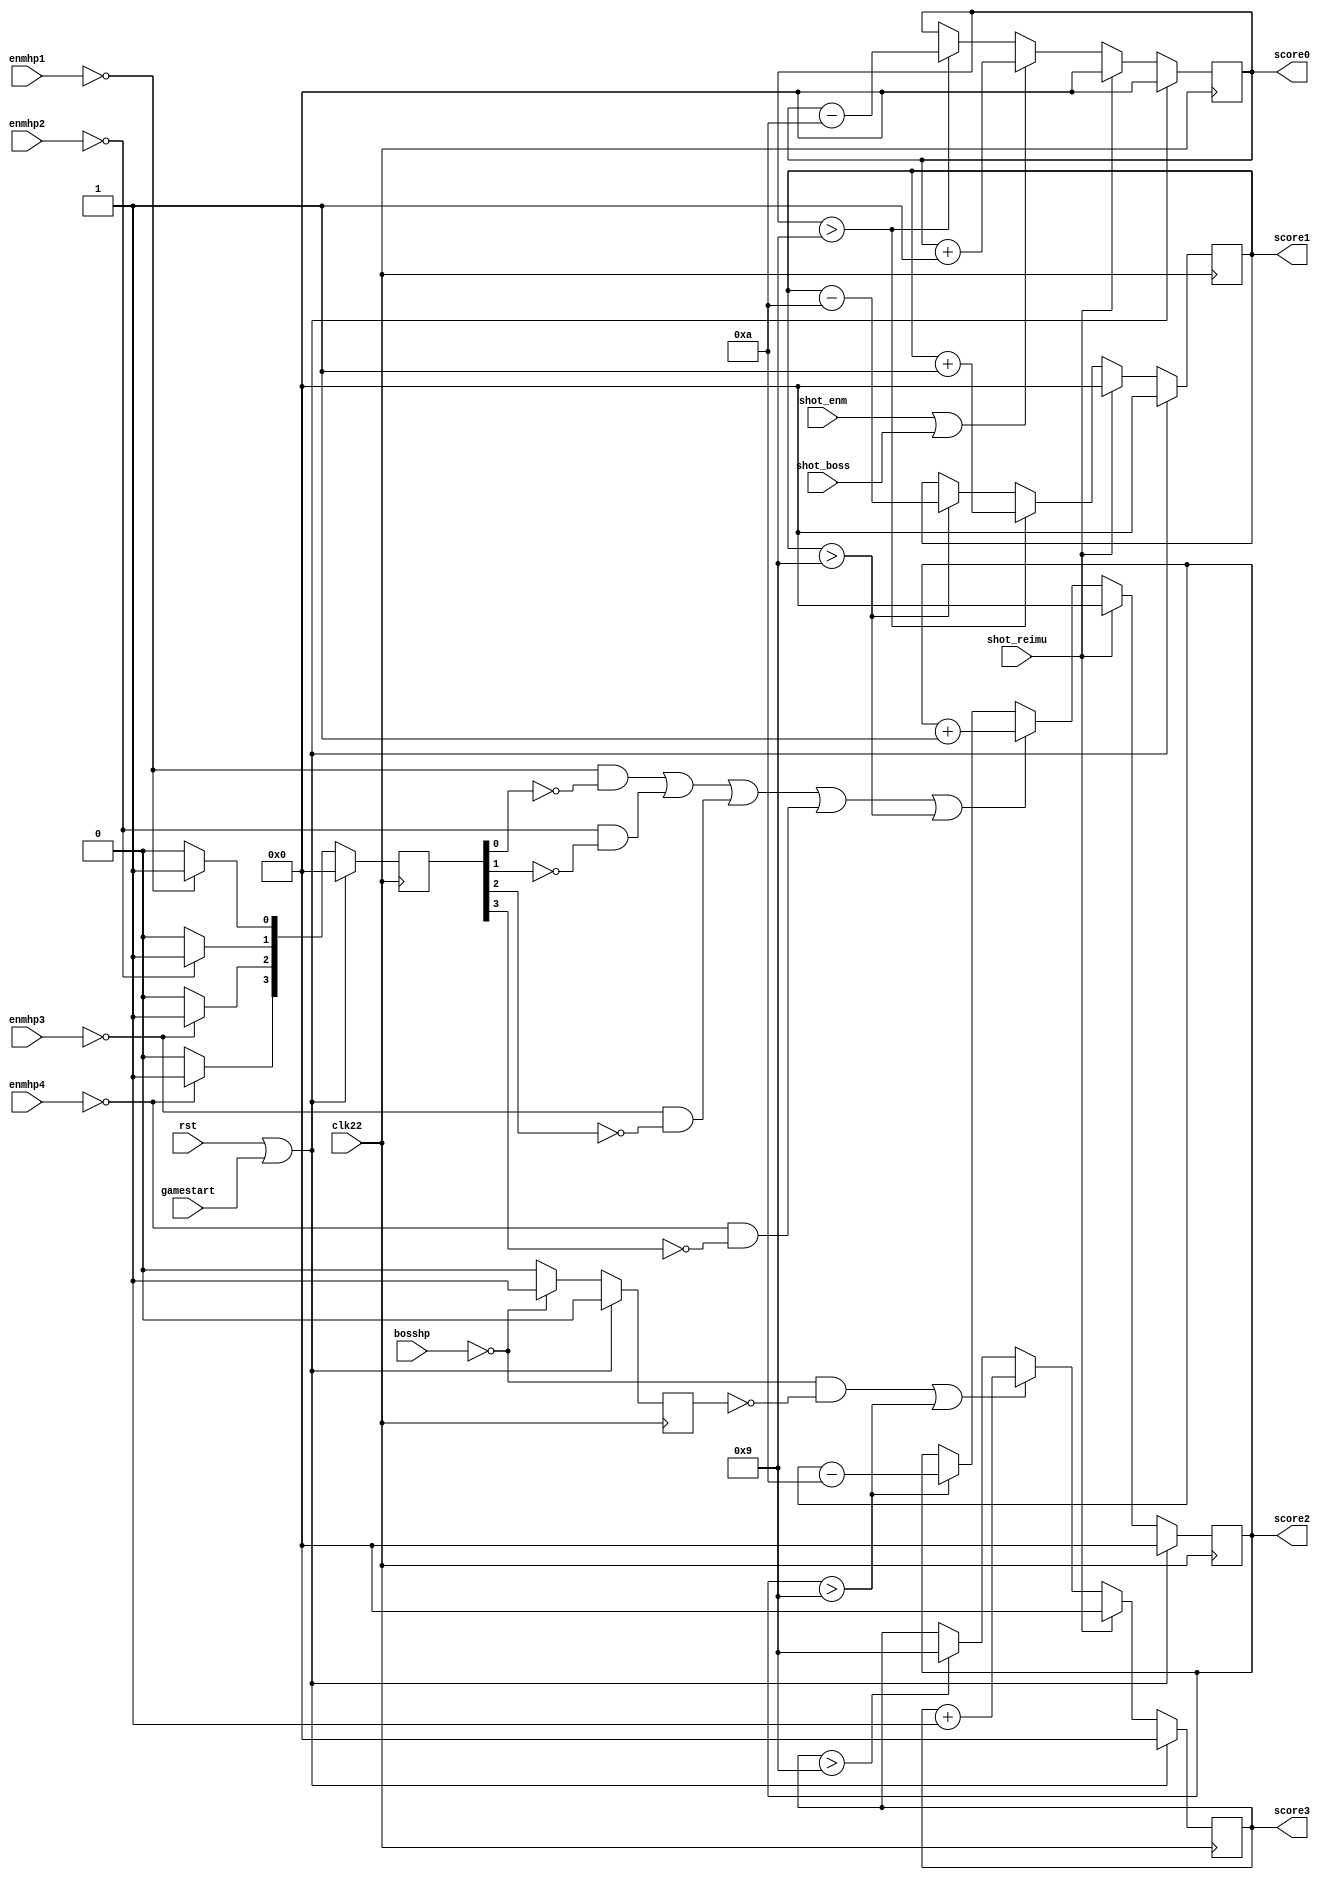
module score(
	input rst,
	input clk22,
	input shot_reimu,
	input shot_enm,
	input shot_boss,
	input gamestart,
	input [6:0]enmhp1,
	input [6:0]enmhp2,
	input [6:0]enmhp3,
	input [6:0]enmhp4,
	input [9:0]bosshp,
	output reg [3:0]score0,//
	output reg [3:0]score1,//
	output reg [3:0]score2,//
	output reg [3:0]score3 //
	);
	
	wire count0, count1, count2, count3;
	
	assign count0 = (score0 > 4'b1001);
	assign count1 = (score1 > 4'b1001);
	assign count2 = (score2 > 4'b1001);
	assign count3 = (score3 > 4'b1001);
	
	reg [3:0] nt_score0;
	reg [3:0] nt_score1;
	reg [3:0] nt_score2;
	reg [3:0] nt_score3;
	reg [3:0] enm;
	reg [3:0] nt_enm;
	reg boss, nt_boss;
	
	always@(posedge clk22)
	begin
		if(rst||gamestart)
		begin
		    enm <= 4'b0000;
			boss <= 1'b0;
			score0 <= 4'b0000;
			score1 <= 4'b0000;
			score2 <= 4'b0000;
			score3 <= 4'b0000;
		end
		else
		begin
		    enm <= nt_enm;
			boss <= nt_boss;
			score0 <= nt_score0;
			score1 <= nt_score1;
			score2 <= nt_score2;
			score3 <= nt_score3;
		end
	end

    always@(*)//
    begin
        if(enmhp1 == 7'd0)
        begin
            nt_enm[0] = 1'b1;
        end
        else
        begin
            nt_enm[0] = 1'b0;
        end
        if(enmhp2 == 7'd0)
        begin
            nt_enm[1] = 1'b1;
        end
        else
        begin
            nt_enm[1] = 1'b0;
        end
        if(enmhp3 == 7'd0)
        begin
            nt_enm[2] = 1'b1;
        end
        else
        begin
            nt_enm[2] = 1'b0;
        end
        if(enmhp4 == 7'd0)
        begin
            nt_enm[3] = 1'b1;
        end
        else
        begin
            nt_enm[3] = 1'b0;
        end
		
		if(bosshp == 10'd0)
		begin
			nt_boss = 1'b1;
		end
		else
		begin
			nt_boss = 1'b0;
		end
    end

	always@(*)//score
	begin
		if(shot_reimu)
		begin
		    nt_score0 = 4'b0000;
		end
		else if(shot_enm || shot_boss)//shot enemy, socre + 1
		begin
			nt_score0 = score0 + 4'b0001;
		end
		else if(count0)//
		begin
			nt_score0 = score0 - 4'b1010;
		end
		else
		begin
		    nt_score0 = score0;
		end
		
		if(shot_reimu)
		begin
		    nt_score1 = 4'b0000;
		end
		else if(count0)
		begin
		    nt_score1 = score1 + 4'b0001;
		end
		else if(count1)
		begin
		    nt_score1 = score1 - 4'b1010;
		end
		else
		begin
		    nt_score1 = score1;
		end
		
		if(shot_reimu)
		begin
		    nt_score2 = 4'b0000;
		end
		else if((enmhp1 == 7'd0 && !enm[0]) || (enmhp2 == 7'd0 && !enm[1]) || (enmhp3 == 7'd0 && !enm[2]) || (enmhp4 == 7'd0 && !enm[3]) || count1)
		begin
			nt_score2 = score2 + 4'b0001;
		end
		else if(count2)
		begin
		    nt_score2 = score2 - 4'b1010;
		end
		else
		begin
		    nt_score2 = score2;
		end
		
		if(shot_reimu)
		begin
		    nt_score3 = 4'b0000;
		end
		else if((bosshp == 10'd0 && !boss) || count2)//boss die, socre + 1000
		begin
			nt_score3 = score3 + 4'b0001;
		end
		else if(count3)
		begin
		    nt_score3 = 4'b1001;
		end
		else
		begin
			nt_score3 = score3;
	    end
	 end
endmodule